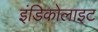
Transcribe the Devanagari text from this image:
इंडिकोलाइट